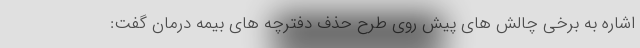
اشاره به برخی چالش های پیش روی طرح حذف دفترچه های بیمه درمان گفت: